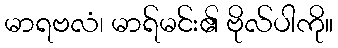
မာရဗလံ၊ မာရ်မင်း၏ ဗိုလ်ပါကို။